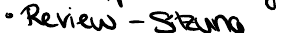
Review-Sitzung